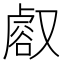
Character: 𧮸